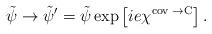
LaTeX: \begin{align*}\tilde{\psi} \rightarrow \tilde{\psi}^\prime =\tilde{\psi}\exp\left[ie\chi^{\mbox{\rm\scriptsize cov $\rightarrow$C}}\right].\end{align*}